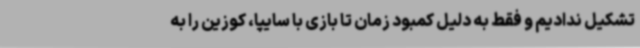
تشکیل ندادیم و فقط به دلیل کمبود زمان تا بازی با سایپا، کوزین را به